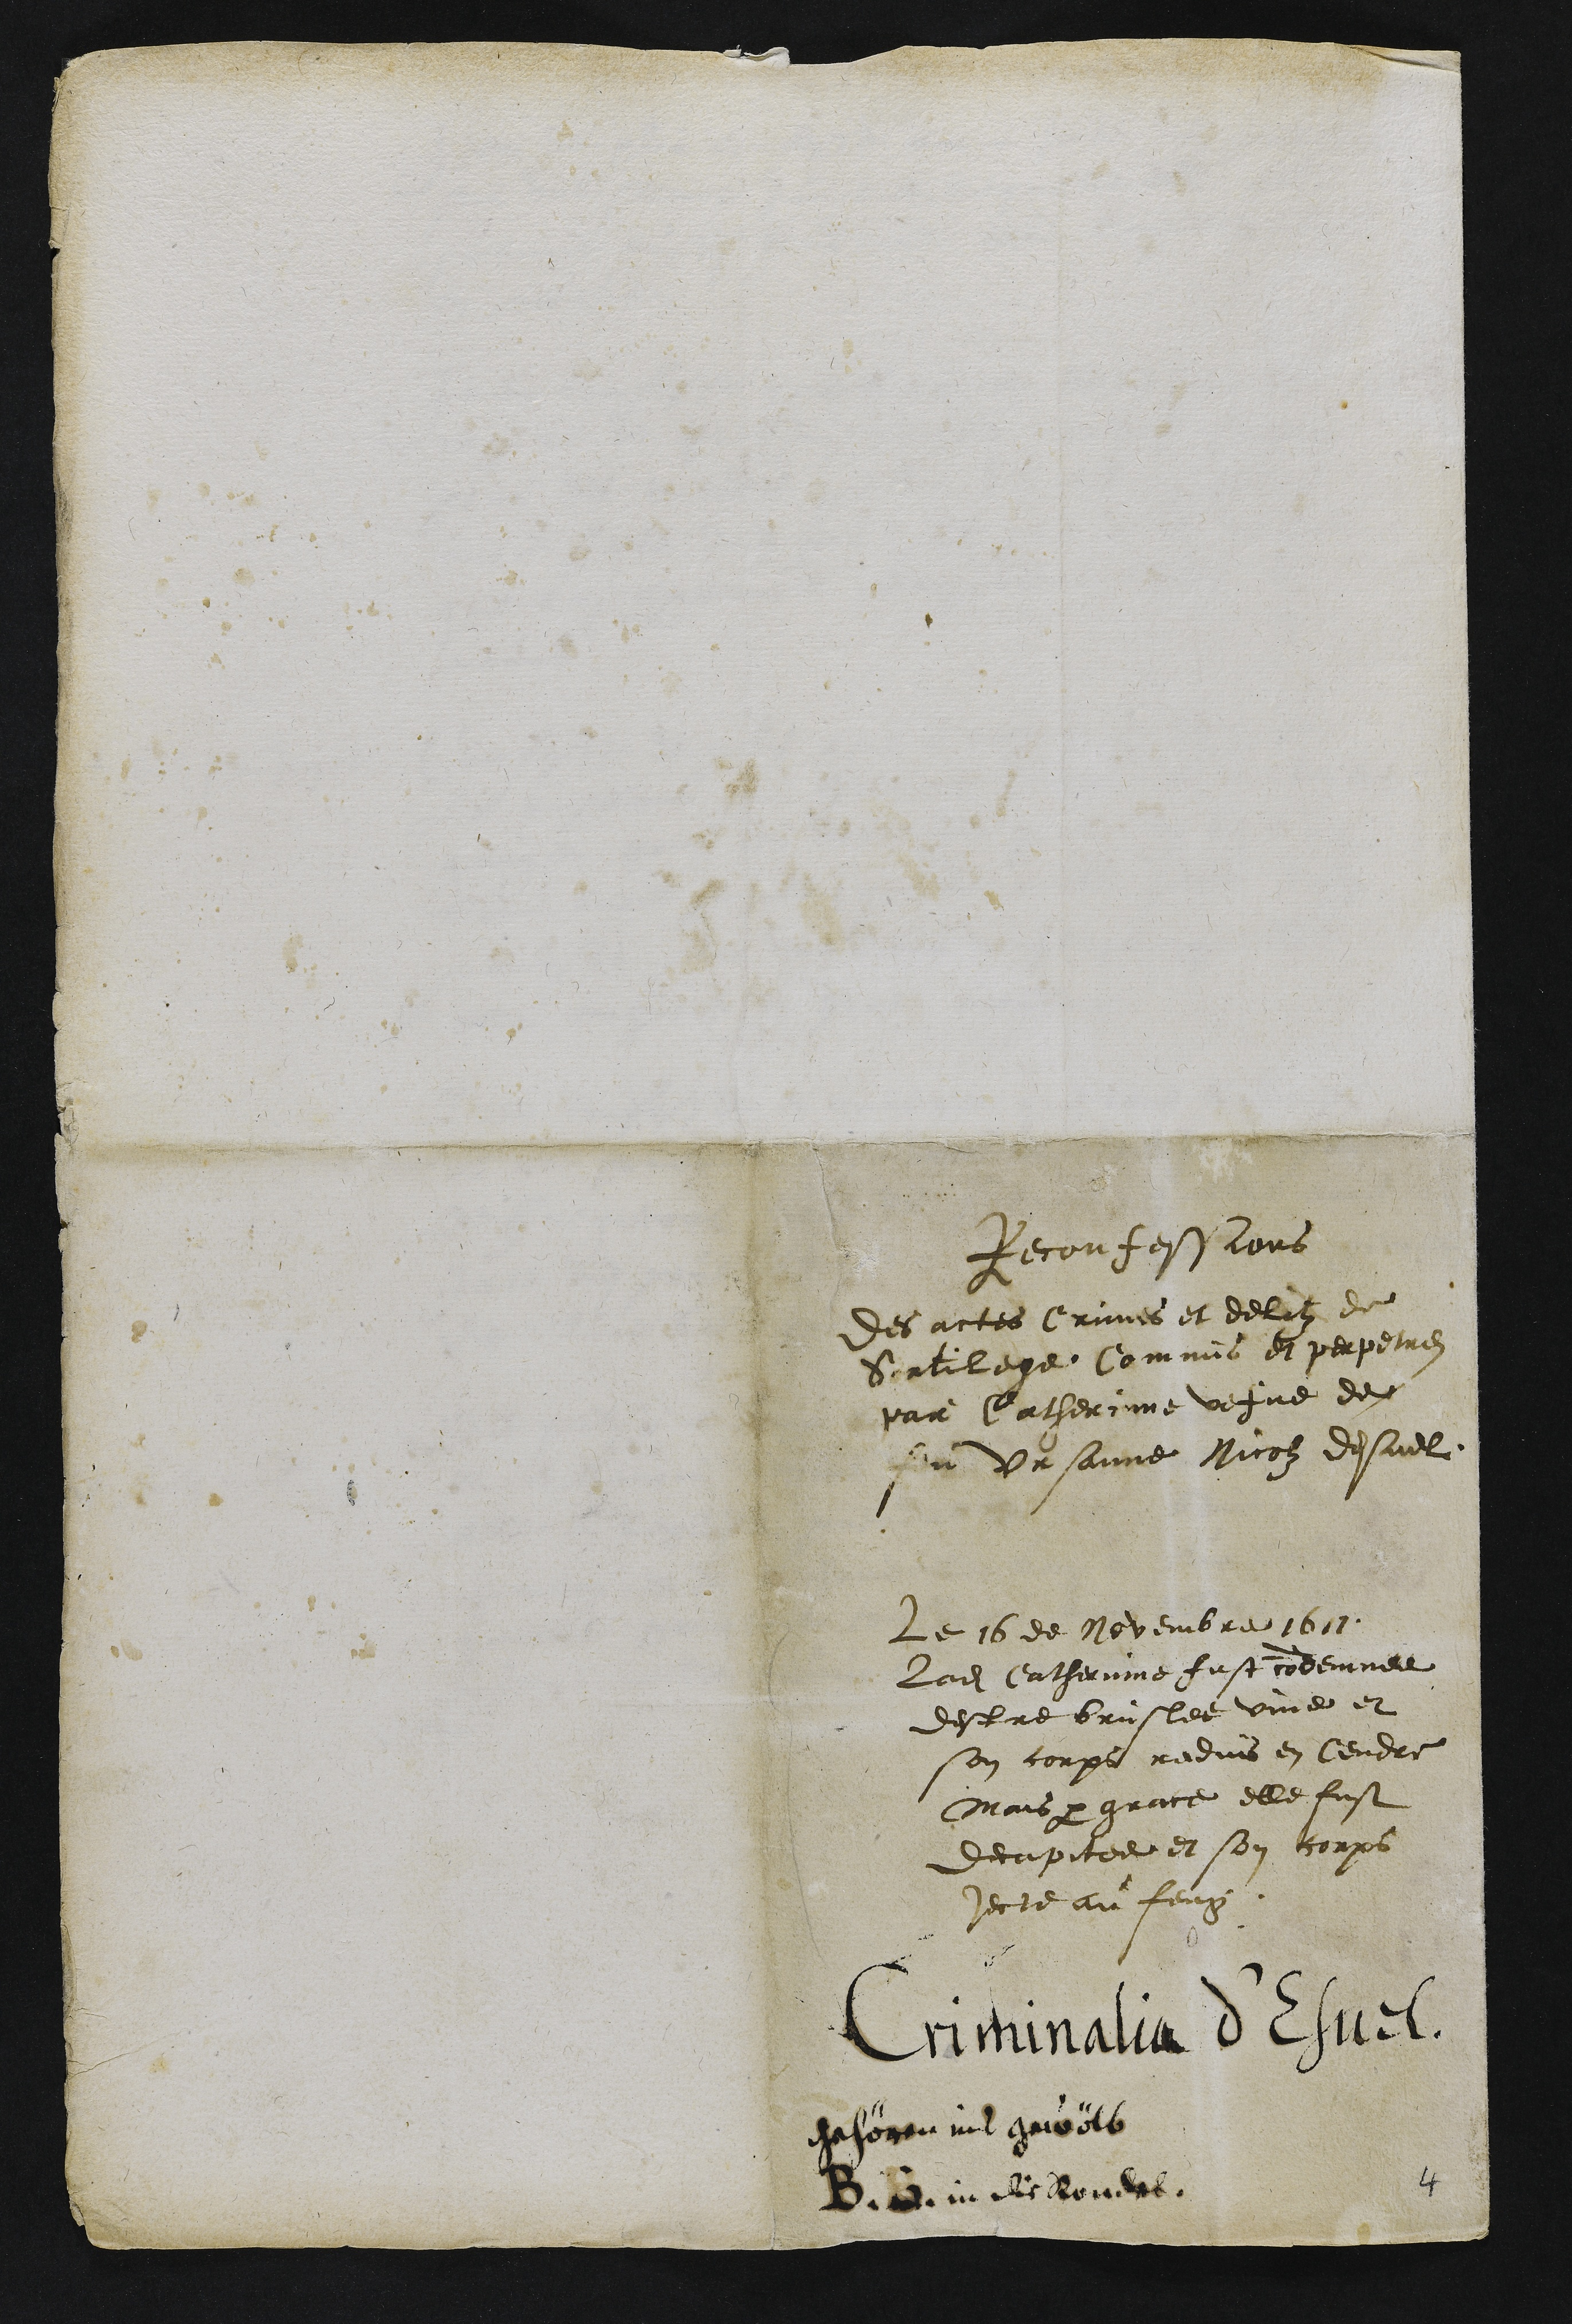
Reconfessions
Des actes Crimes et delitz de
Sortilege Commis et perpetrez
par Catherinne vefve de
feu Ursanne Nicolz desuel
Le 16 de Novembre 1611.
Ladite Catherinne fust condemnee
destre bruslee vive et
son corps reduis en Cendre
Mais par grace elle fust
decapitee et son corps
jecte au feug.
Criminalia d'Esuel.
gehören ins gewölb
B.B. in die Rondel.